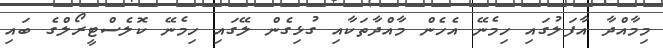
މިމާއްދާ އާފަލުގައި ހިމެނޭ އެހެން މާއްދާތަކާއި ގުޅިގެން ލޭގައި ހިމެނޭ ކޮލެސްޓީރޯލްގެ ބައި